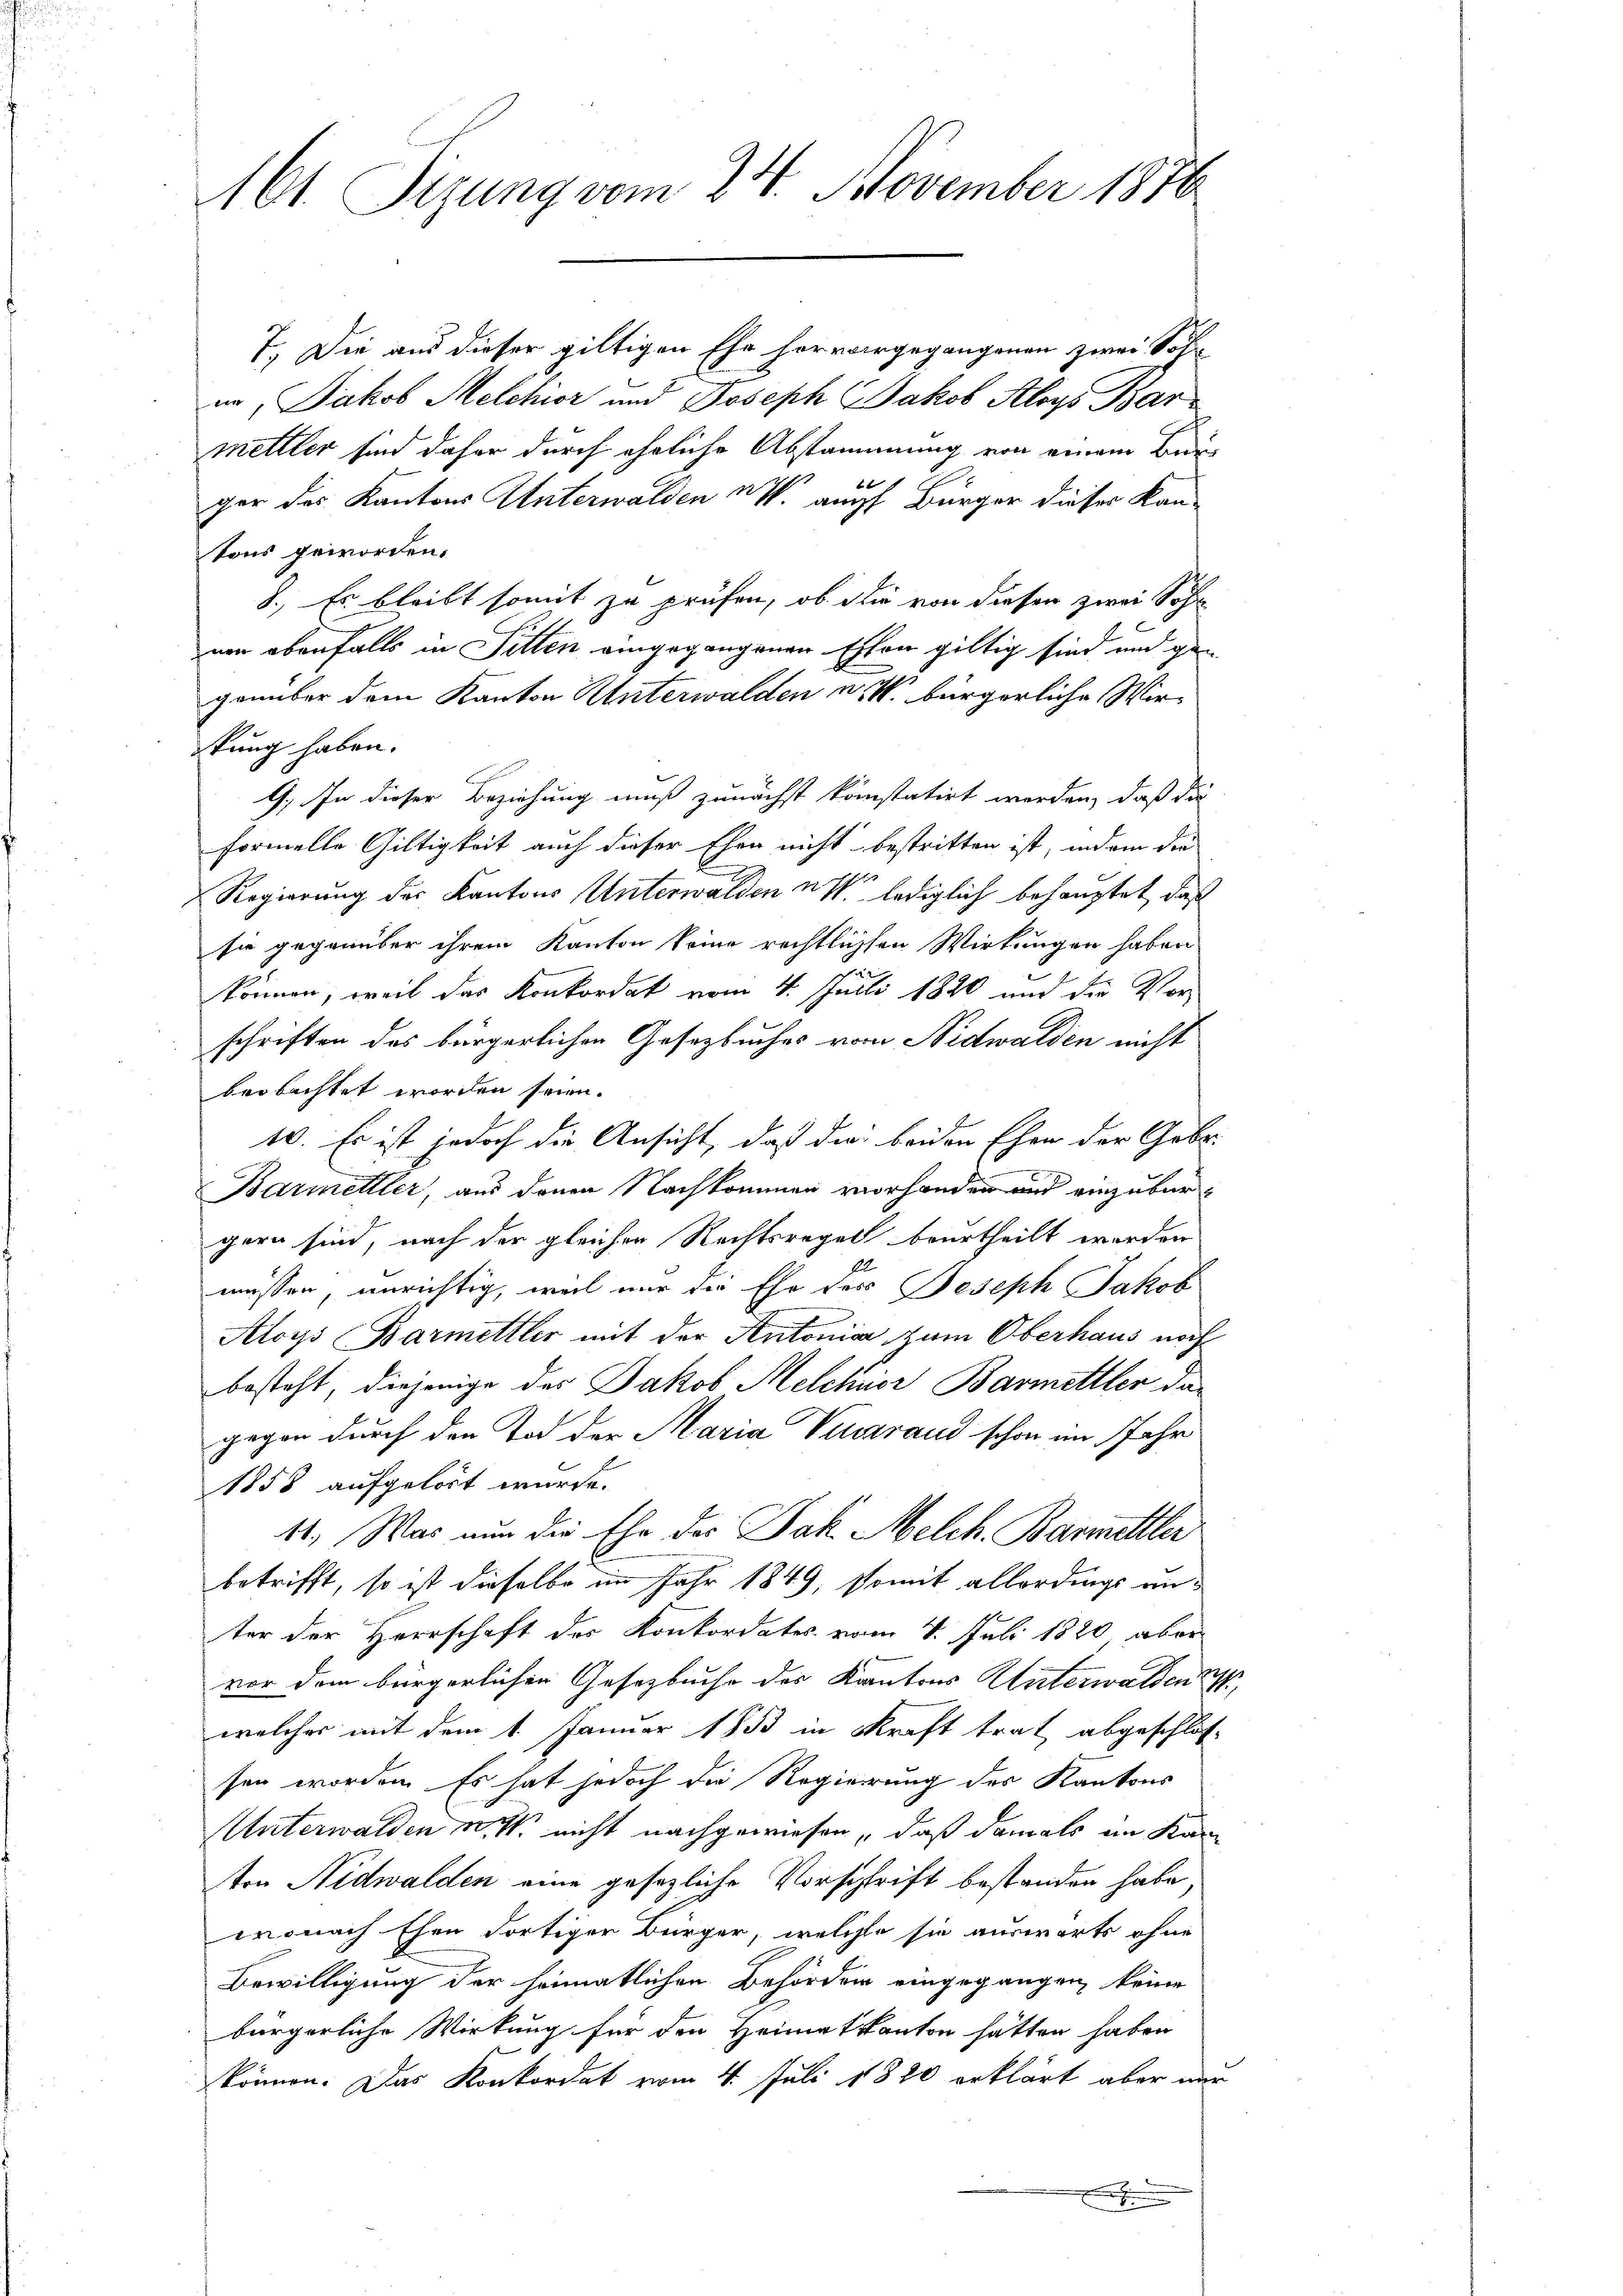
1 Sizung vom 24. November 1876

T. Die und dieser giltigen Ehe hervorgegangenen zwei Sol
in, Jakob Melchior und Joseph Jakob Aloys Bar
mettler sind daher durch eheliche Abstammung von einem Bei¬
.
2
ger des Kantons Unterwalden u. auch Bürger dieser Kantons geworden.
8. Es bleibt somit zu prüfen, ob die von dieser zwei Sohn
um ebenfalls in Sitten eingegangenen Ehren giltig sind und gen
genüber dem Kanton Unterwalden u. W. bürgerliche Wirstung haben.
G. In dieser Beziehung muß zunächst konstatirt werden, daß die
formelle Giltigkeit auch dieser Ehen nicht bestritten ist, indem die
Regierung des Kantons Unterwalden u. lediglich behauptet, daß
sie gegenüber ihrem Kanton keine rechtlichen Wirtungen haben
a
können, weil das Konkordat vom 4. Juli 1820 und die Vorschriften das bürgerlichen Gesetzbuches vom Nidwalden nicht
beobachtet worden seien.
10. Es ist jedoch die Ansicht, daß die beiden Ehen der Gebr.
.
Barmelller, aus denen Nachkommen vorhanden und einzubergern sind, nach der gleicher Rechtsregel beurtheilt werden
müssen, unrichtig, weil nur die Ehe des Joseph Jakob
Aloys Barmittler mit der Antonia zum Oberhaus noch
besteht, diejenige des Jakob Melchior Barmettler das
gegen durch den Tod der Maria Viuzraud schon im Jahr
1858 aufgelöst wurde.
11. Was nun die Ehe des Jak. Melch. Barmittler
betrifft, so ist dieselbe im Jahr 1849, somit allerdings anter der Herrschaft des Konkordates vom 4. Juli 1820, aber
vor dem bürgerlichen Gesetzbuche des Kantons Unterwaldent
welcher mit dem 1 Januar 1853 in Kraft trat abgeschlos
sen worden. Es hat jedoch die Regierung des Kantons
Unterwalden v. M. nicht nachgewiesen, daß damals im Kan
ton Nidwalden eine gesezliche Vorschrift bestanden habe,
wonach Ehen dortiger Bürger, welche sie auswärts ohne
Bewilligung der heimatlichen Behörden eingegangen, keine
bürgerliche Wirkung für den Heimatkanton hatten haben
können. Das Konkordat vom 4. Juli 1820 erklärt aber nur

2